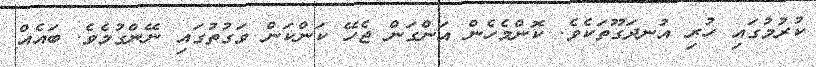
ކުރުމުގައި ހުރި އުނދަގޫތަކެވެ. ކޮންމެހެން އަންގަން ޖެހޭ ކަންކަން ވަގުތުގައި ނޭންގުމެވެ. ބައެއް